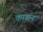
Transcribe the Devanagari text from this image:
काञ्चन